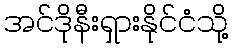
အင်ဒိုနီးရှားနိုင်ငံသို့